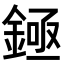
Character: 𬫡